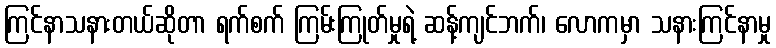
ကြင်နာသနားတယ်ဆိုတာ ရက်စက် ကြမ်းကြုတ်မှုရဲ့ ဆန့်ကျင်ဘက်၊ လောကမှာ သနားကြင်နာမှု